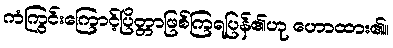
ကံကြွင်းကြောင့်ပြိတ္တာဖြစ်ကြရပြန်၏ဟု ဟောထား၏။